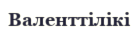
Валенттілікі